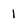
Character: i